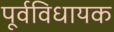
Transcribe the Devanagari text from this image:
पूर्वविधायक